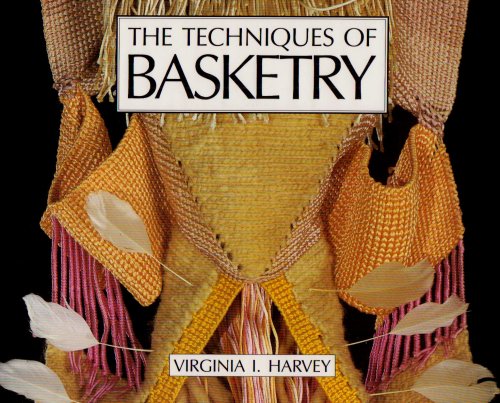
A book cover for The Techniques of Basketry; Virginia I. Harvey; Crafts, Hobbies & Home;